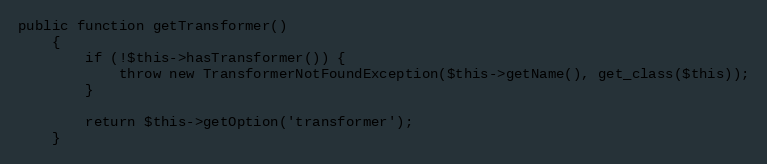
Language: PHP
public function getTransformer()
    {
        if (!$this->hasTransformer()) {
            throw new TransformerNotFoundException($this->getName(), get_class($this));
        }

        return $this->getOption('transformer');
    }